Civil Veterinary Dept. Assam report 1911-1927 - 1911-1927
Year: 1911
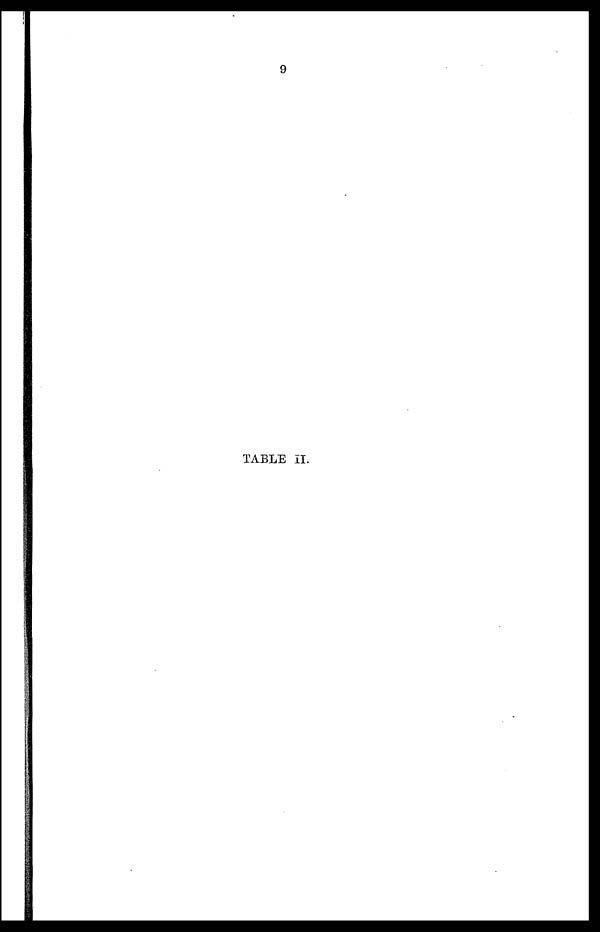
TABLE II.